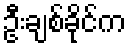
ဦးချစ်ခိုင်က